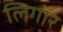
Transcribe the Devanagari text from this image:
लिगोर